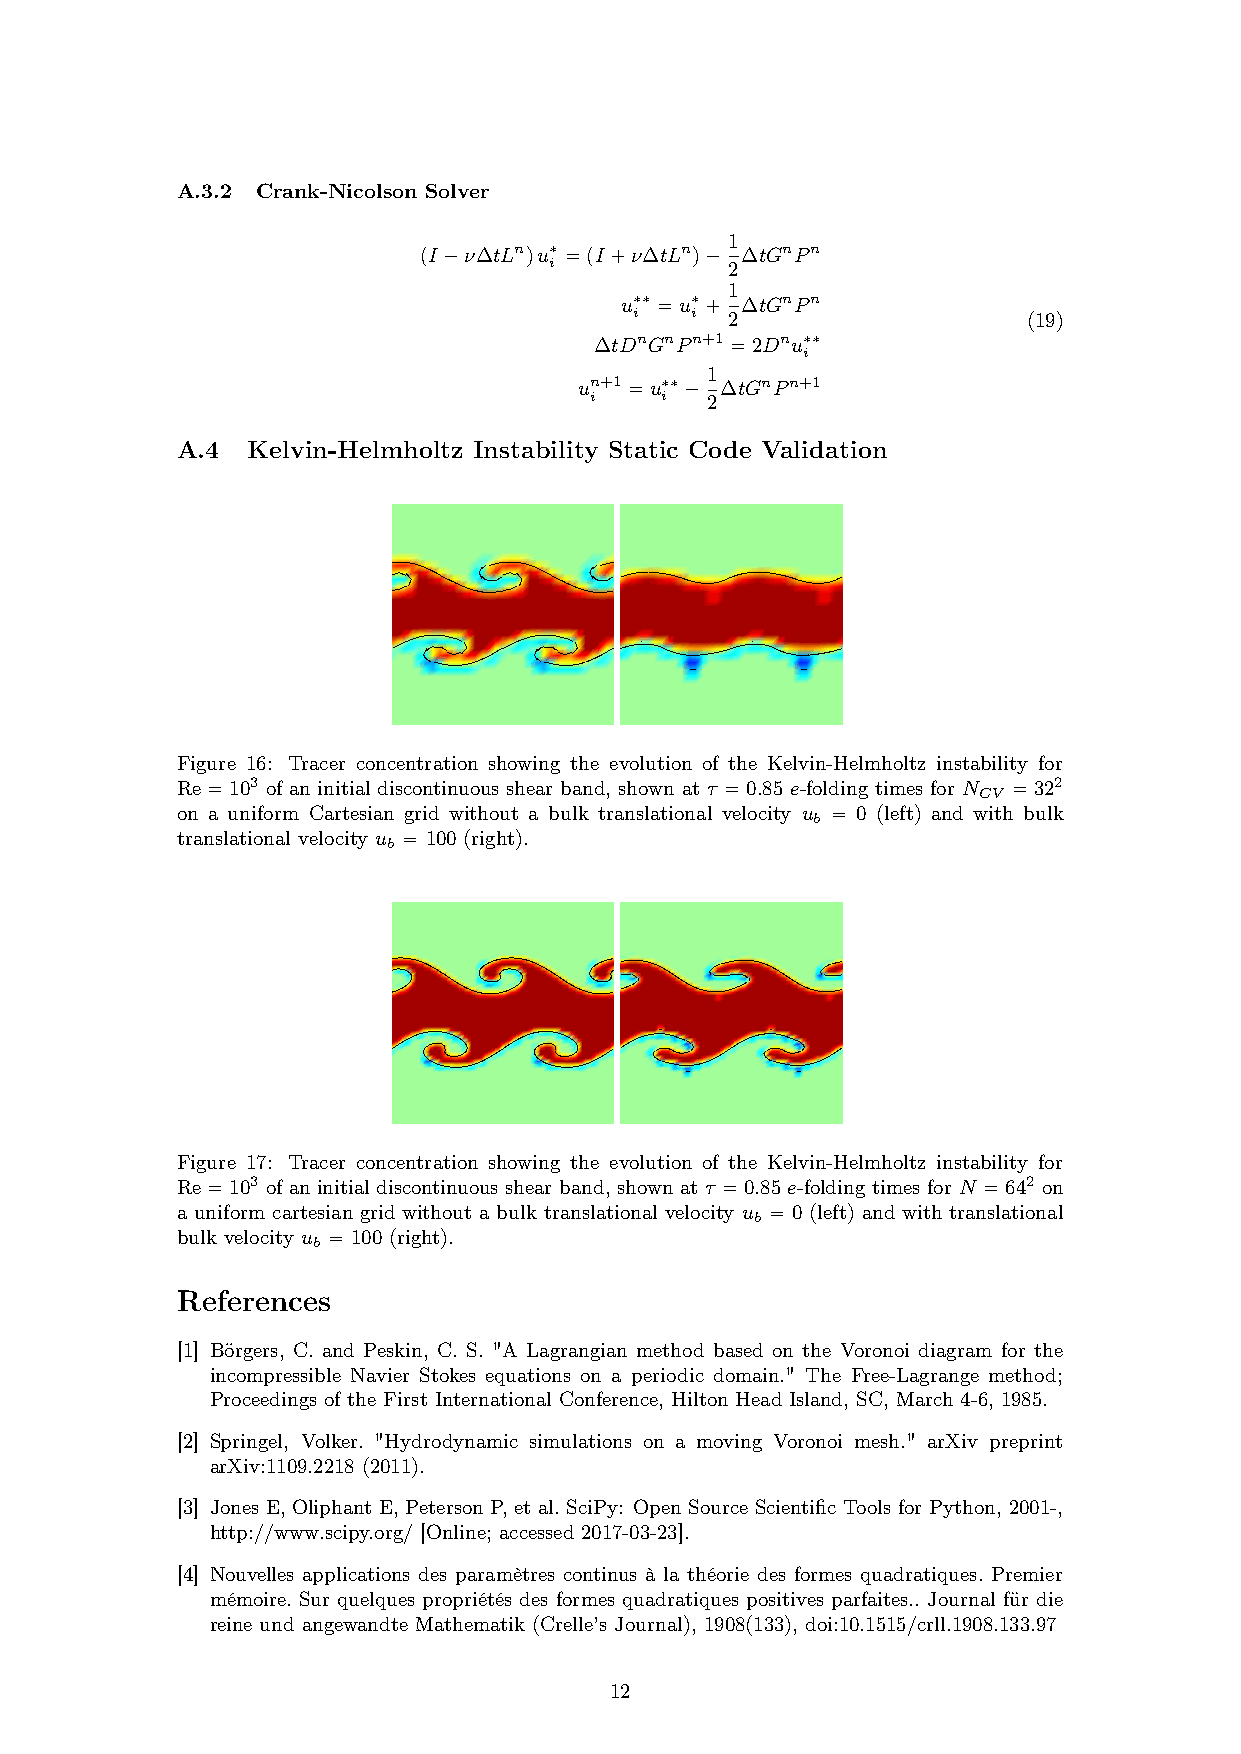
A.3.2 Crank-Nicolson Solver
 1
 (I−ν∆tLn)u∗ =(I+ν∆tLn)− ∆tGnPn
 i           2
 1
 u∗∗ =u∗+ ∆tGnPn
 i   i 2                   (19)
 ∆tDnGnPn+1 =2Dnu∗∗
 i
 1
 un+1 =u∗∗− ∆tGnPn+1
 i    i  2
 A.4 Kelvin-Helmholtz Instability Static Code Validation
 Figure 16: Tracer concentration showing the evolution of the Kelvin-Helmholtz instability for
 Re=103 of an initial discontinuous shear band, shown at τ =0.85 e-folding times for N =322
 CV
 on a uniform Cartesian grid without a bulk translational velocity u = 0 (left) and with bulk
 b
 translational velocity u = 100 (right).
 b
 Figure 17: Tracer concentration showing the evolution of the Kelvin-Helmholtz instability for
 Re=103 of an initial discontinuous shear band, shown at τ =0.85 e-folding times for N =642 on
 a uniform cartesian grid without a bulk translational velocity u = 0 (left) and with translational
 b
 bulk velocity u = 100 (right).
 b
 References
 [1] Börgers, C. and Peskin, C. S. "A Lagrangian method based on the Voronoi diagram for the
 incompressible Navier Stokes equations on a periodic domain." The Free-Lagrange method;
 Proceedings of the First International Conference, Hilton Head Island, SC, March 4-6, 1985.
 [2] Springel, Volker. "Hydrodynamic simulations on a moving Voronoi mesh." arXiv preprint
 arXiv:1109.2218 (2011).
 [3] Jones E, Oliphant E, Peterson P, et al. SciPy: Open Source Scientific Tools for Python, 2001-,
 http://www.scipy.org/ [Online; accessed 2017-03-23].
 [4] Nouvelles applications des paramètres continus à la théorie des formes quadratiques. Premier
 mémoire. Sur quelques propriétés des formes quadratiques positives parfaites.. Journal für die
 reine und angewandte Mathematik (Crelle’s Journal), 1908(133), doi:10.1515/crll.1908.133.97
 12